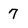
Character: 7